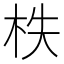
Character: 柣